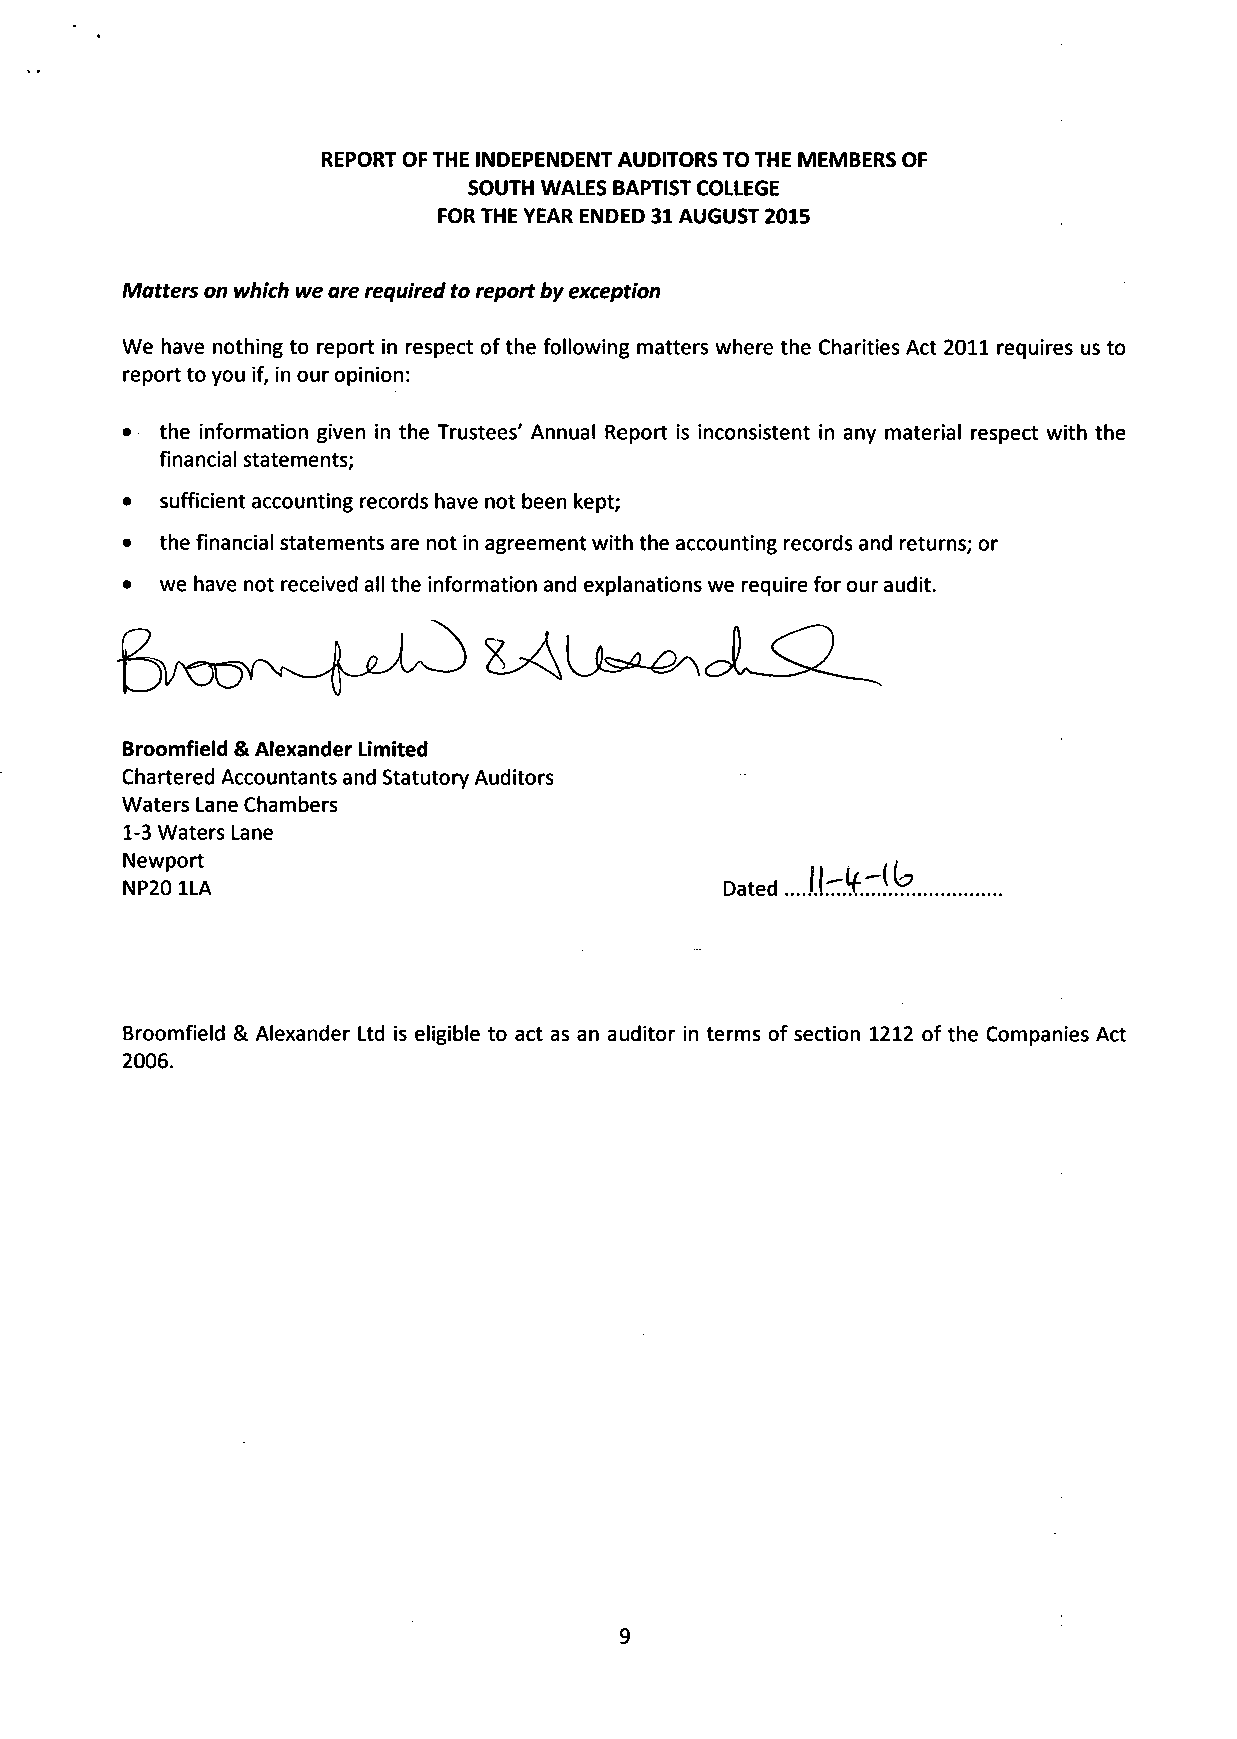
REPORT OF THE INDEPENDENT AUDITORS TO THE MEMBERS OF
 SOUTH WALES BAPTIST COLLEGE
 FOR THE YEAR ENDED 31 AUGUST 2015
 Matters on which we are required to report by exception
 We have nothing to report in respect of the following matters where the Charities Act 2011 requires us to
 report to you if, in our opinion:
 •  the information given in the Trustees' Annual Report is inconsistent in any material respect with the
 financial statements;
 •  sufficient accounting records have not been kept;
 •  the financial statements are not in agreement with the accounting records and returns; or
 •  we have not received all the information and explanations we require for our audit.
 Broomfield & Alexander Limited
 Chartered Accountants and Statutory Auditors
 Waters Lane Chambers
 1-3 Waters Lane
 Newport
 NP20 1LA                                Dated J k ^k
 Broomfield & Alexander Ltd is eligible to act as an auditor in terms of section 1212 of the Companies Act
 2006.
 9